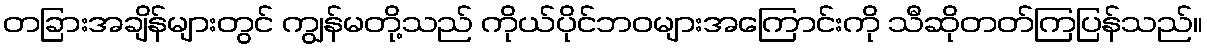
တခြားအချိန်များတွင် ကျွန်မတို့သည် ကိုယ်ပိုင်ဘဝများအကြောင်းကို သီဆိုတတ်ကြပြန်သည်။